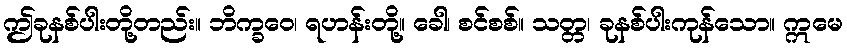
ဤခုနစ်ပါးတို့တည်း။ ဘိက္ခဝေ၊ ရဟန်းတို့။ ခေါ၊ စင်စစ်။ သတ္တ၊ ခုနစ်ပါးကုန်သော။ ဣမေ